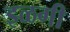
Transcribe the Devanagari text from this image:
इळगी